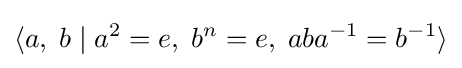
\langle a,\;b\mid a^{2}=e,\;b^{n}=e,\;aba^{-1}=b^{-1}\rangle